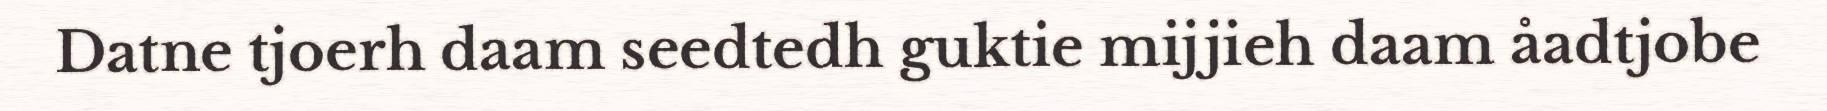
Datne tjoerh daam seedtedh guktie mijjieh daam åadtjobe